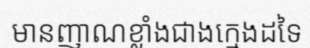
មានញាណខ្លាំងជាងក្មេងដទៃ